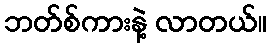
ဘတ်စ်ကားနဲ့ လာတယ်။